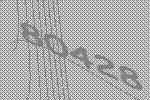
80428